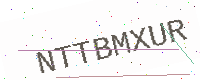
Text: NTTBMXUR